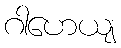
ဂါဟေယျ